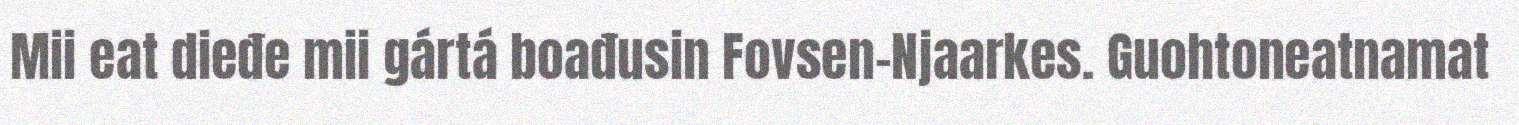
Mii eat dieđe mii gártá boađusin Fovsen-Njaarkes. Guohtoneatnamat